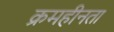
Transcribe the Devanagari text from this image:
क्रमहीनता